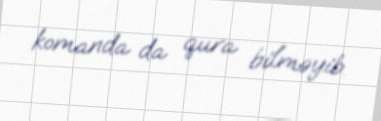
komanda da qura bilməyib.